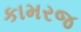
કામરજ